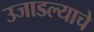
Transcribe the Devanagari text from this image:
उजाडल्याचे